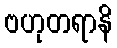
ဗဟုတရာနိ